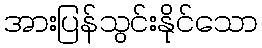
အားပြန်သွင်းနိုင်သော